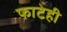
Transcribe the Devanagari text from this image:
फाटेही